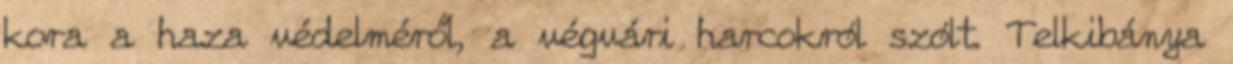
kora a haza védelméről, a végvári harcokról szólt. Telkibánya